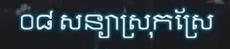
០៨ សន្យាស្រុកស្រែ